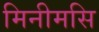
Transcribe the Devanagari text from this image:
मिनीमसि